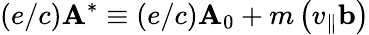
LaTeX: (e/c)\mathbf{A}^{*}\equiv(e/c)\mathbf{A}_{0}+m\left(v_{\| }\mathbf{b}\right)